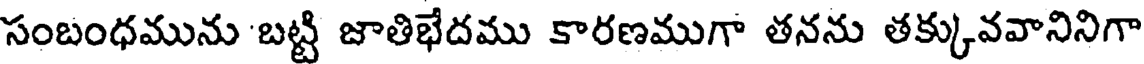
సంబంధమును బట్టి జాతిభేదము కారణముగా తనను తక్కువవానినిగా